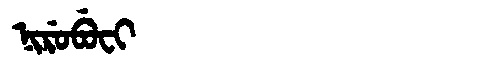
Manchu: ᠨᡳᡵᡠᠪᡠᠸᡳ
Romanization: NIRUBUFI